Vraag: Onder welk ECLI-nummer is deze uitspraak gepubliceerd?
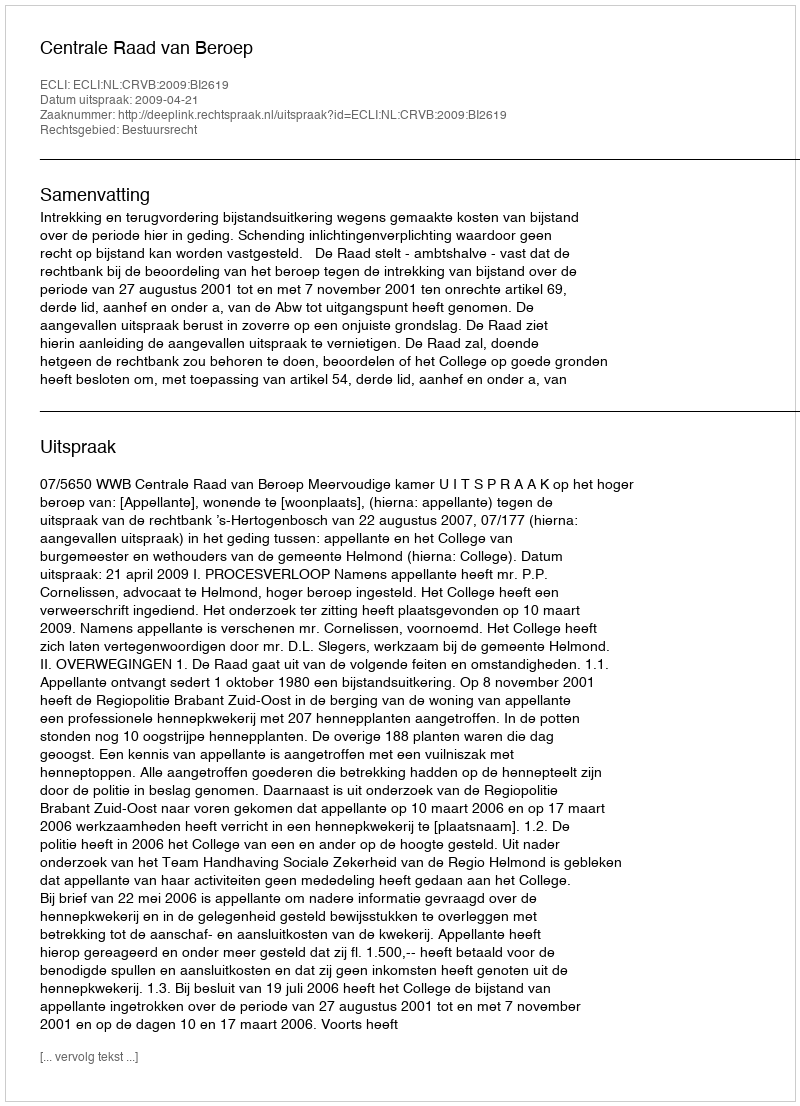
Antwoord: ECLI:NL:CRVB:2009:BI2619